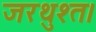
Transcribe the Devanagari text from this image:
जरथुश्त।